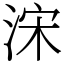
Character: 浨